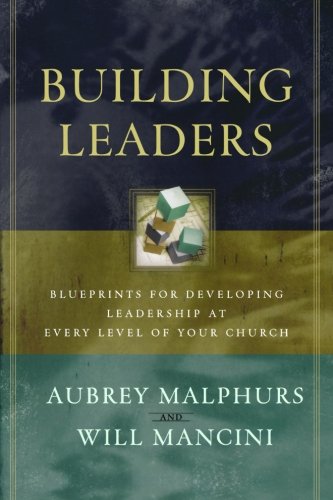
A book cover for Building Leaders: Blueprints for Developing Leadership at Every Level of Your Church; Aubrey Malphurs; Christian Books & Bibles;